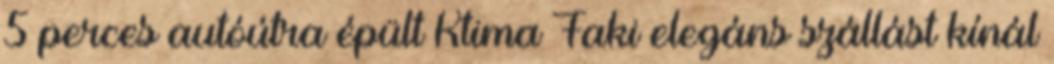
5 perces autóútra épült Ktima Faki elegáns szállást kínál